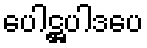
ပေါဋ္ဌပါဒပေ